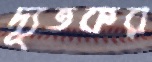
দ্যূতকর